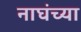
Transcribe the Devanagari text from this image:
नाघंच्या